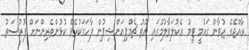
ރާއްޖޭގެ ޒުވާން ގައުމީ ޓީމު އެކުލަވާލުމުގައި ޔޫތު ޗެމްޕިއަންޝިޕުން ފާހަގަކުރެވޭ ކުޅުންތެރިންނަށް ފުރުސަތު